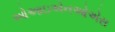
ઓઆઇએનઓએસ